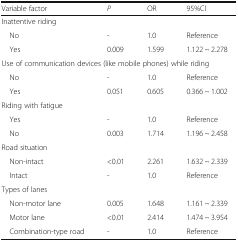
| Variable factor | P | OR | 95%CI |
 | --- | --- | --- | --- |
 | <COLSPAN=4> Inattentive riding |
 | No | - | 1.0 | Reference |
 | Yes | 0.009 | 1.599 | 1.122 ~ 2.278 |
 | <COLSPAN=4> Use of communication devices (like mobile phones) while riding |
 | No | - | 1.0 | Reference |
 | Yes | 0.051 | 0.605 | 0.366 ~ 1.002 |
 | <COLSPAN=4> Riding with fatigue |
 | Yes | - | 1.0 | Reference |
 | No | 0.003 | 1.714 | 1.196 ~ 2.458 |
 | <COLSPAN=4> Road situation |
 | Non-intact | <0.01 | 2.261 | 1.632 ~ 2.339 |
 | Intact | - | 1.0 | Reference |
 | <COLSPAN=4> Types of lanes |
 | Non-motor lane | 0.005 | 1.648 | 1.161 ~ 2.339 |
 | Motor lane | <0.01 | 2.414 | 1.474 ~ 3.954 |
 | Combination-type road | - | 1.0 | Reference |